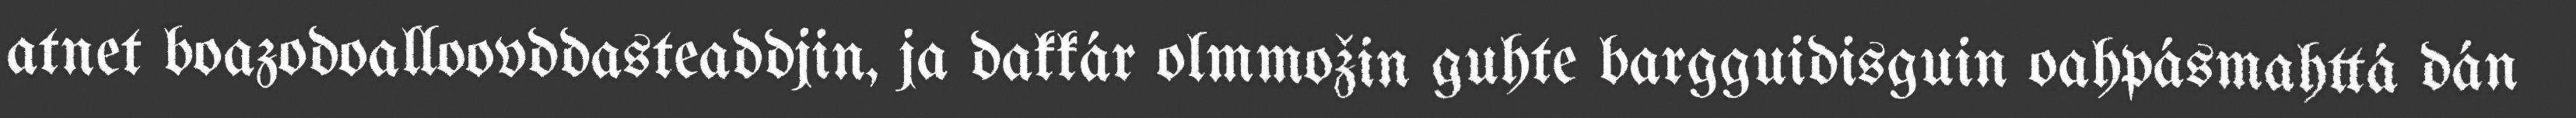
atnet boazodoalloovddasteaddjin, ja dakkár olmmožin guhte bargguidisguin oahpásmahttá dán